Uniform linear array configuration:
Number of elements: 48
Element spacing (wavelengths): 0.75
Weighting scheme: hamming
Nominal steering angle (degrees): -15
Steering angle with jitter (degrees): -15.21
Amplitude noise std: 0.05
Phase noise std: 0.05

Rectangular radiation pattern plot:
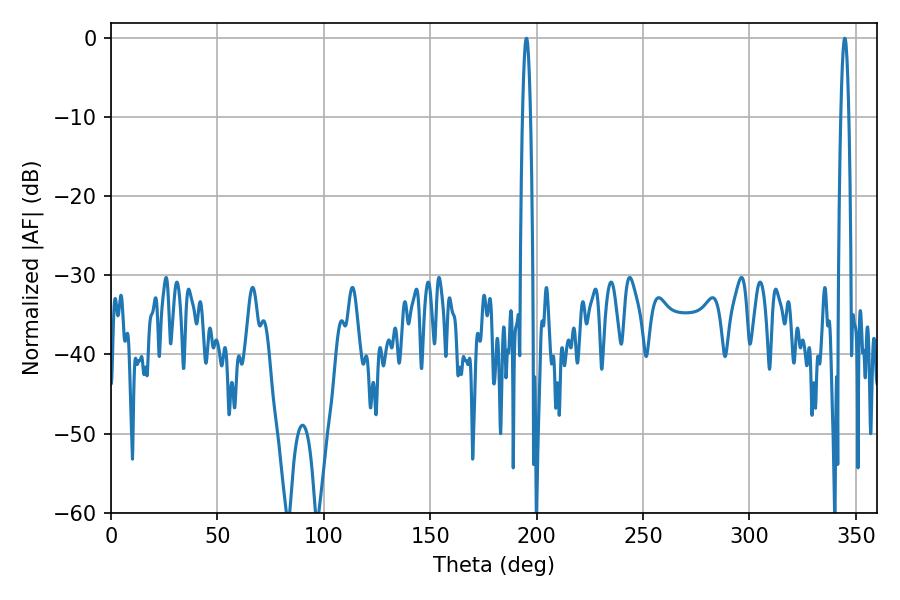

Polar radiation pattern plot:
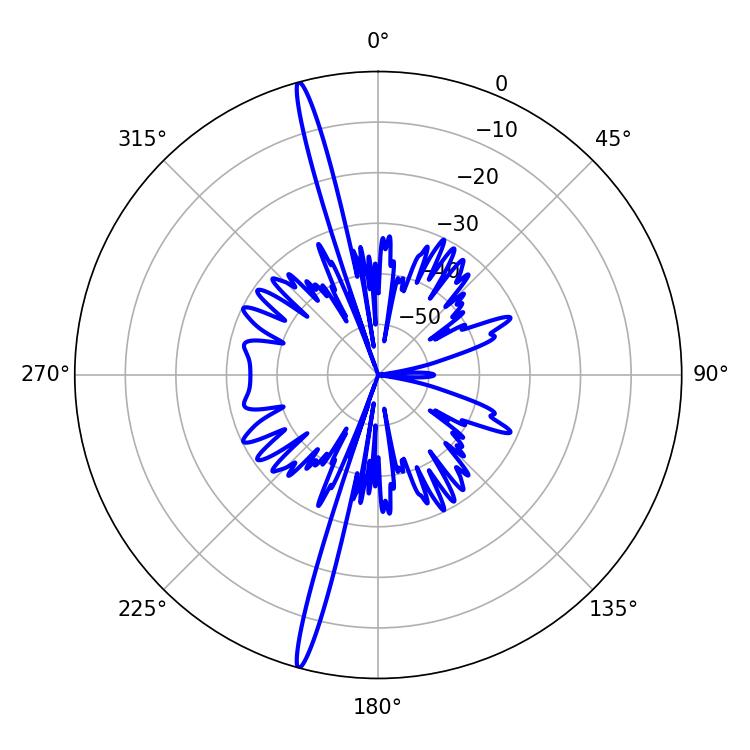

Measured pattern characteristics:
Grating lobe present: TRUE
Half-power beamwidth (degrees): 1.98
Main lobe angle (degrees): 195.12